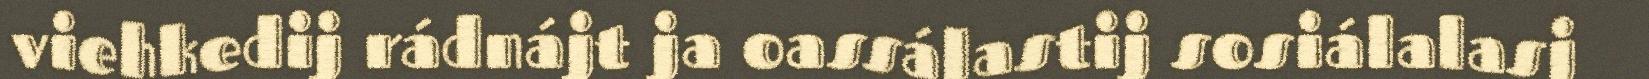
viehkedij rádnájt ja oassálastij sosiálalasj